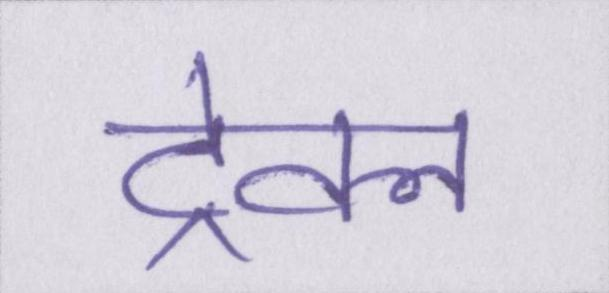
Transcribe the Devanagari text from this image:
ट्रेवल